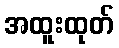
အထူးထုတ်